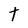
Character: t